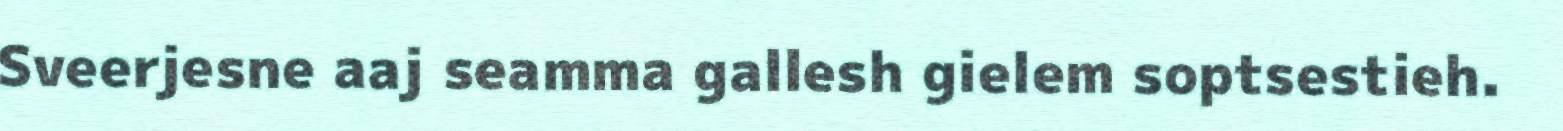
Sveerjesne aaj seamma gallesh gielem soptsestieh.